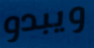
ويبدو